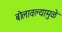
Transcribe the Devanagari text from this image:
बोलावल्यामुळे